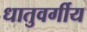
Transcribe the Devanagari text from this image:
धातुवर्गीय